Leaving Certificate Examination, 1918
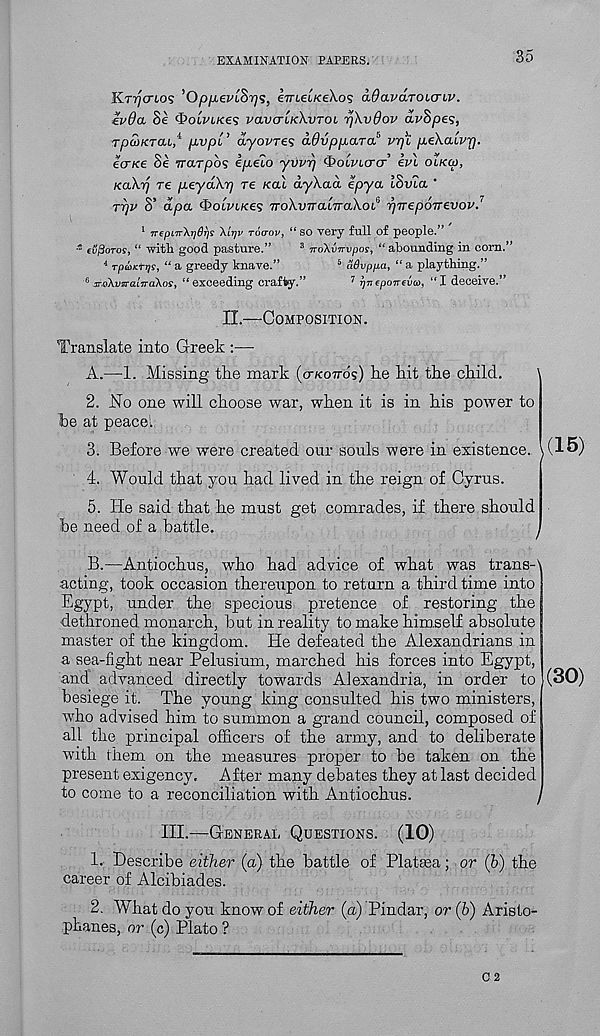
EXAMINATION PAPERS.
35
Krrjcnos ’Op/xeviS^s, e7n,ei/<eA.os a6<xv(xTouriv.
ivda Se c&oipt/fes vavcr'iKkvTOi r/XvBov av^pes,
TpcoKTcn, 4, pvpi ’ ayovres advpp.aTa 6 vyfi p.e\a.ivr).
ecrKe Se varpos ep-elo yvvr) QoLvicrcr evl olkoi,
KaXrj re peyaXy] re kcu ayXaa epya ISvla ’
rrjv S’ oipa. c&otviKes TroXviraLTraXoi 0 pyrepoTrevov. 7
1 wepin\r]8Tis \irjv rocrov, “ so very full of people.” '
* cvfioTos, “ witli good pasture.”
3 no\vnvpos, “ abounding in corn.”
4 Tpaxtqs, “ a greedy knave.”
5 aOvppa, “ a plaything.”
0 jr-oXvin-aiiraXos, “exceeding crafty.”
7 rjvepoTrevco, “I deceive.”
II.—Composition.
Translate into Greek :—-
A.
—1. Missing the mark (o-kotto's) he
2. No one will choose war, when it is in his power to
be at peace 1 .
3. Before we were created our souls were in existence.
4. Would that you had lived in the reign of Cyrus.
5. He said that he must get comrades, if there should
be need of a battle.
B.
—Antiochus, who had advice of w
acting, took occasion thereupon to return a third time into
Egypt, under the specious pretence of restoring the
dethroned monarch, but in reality to make him.self absolute
master of the kingdom. He defeated the Alexandrians in
a sea-fight near Pelusium, marched his forces into Egypt,
and advanced directly towards Alexandria, in order to
besiege it. The young king consulted his two ministers,
who advised him to summon a grand council, composed of
all the principal officers of the army, and to deliberate
with them on the measures proper to be taken on the
present exigency. After many debates they at last decided
to come to a reconciliation with Antiochus.
/
III.—General Questions. (10)
1. Describe either (a) the battle of Platsea; or (b) the
career of Alcibiades.
2. What do you know of either (a) Pindar, or (b) Aristo-
phanes, or (c) Plato ?